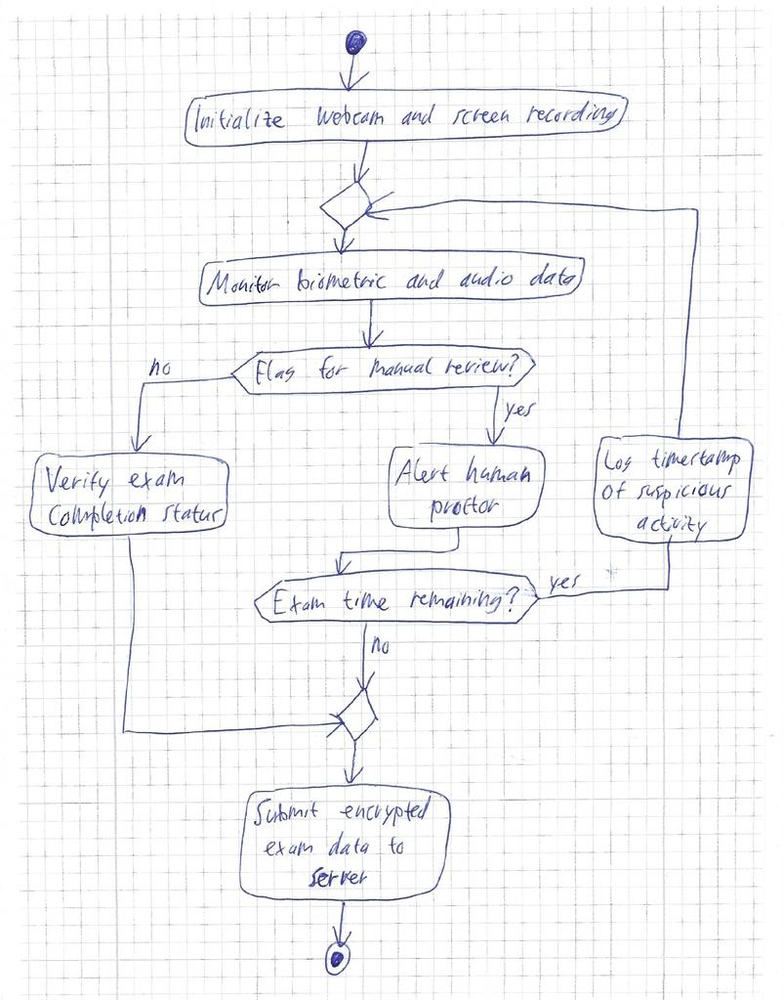
Diagram type: activity_diagram
```plantuml
@startuml

start

:Initialize webcam and screen recording;

repeat
  :Monitor biometric and audio data;

  if (Flag for manual review?) then (no)
    :Verify exam completion status;
    break
  else (yes)
    :Alert human proctor;
  endif
backward:Log timestamp of suspicious activity;
repeat while (Exam time remaining?) is (yes) not (no)

:Submit encrypted exam data to server;

stop

@enduml
```